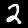
Label: 2